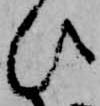
ひ